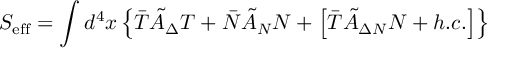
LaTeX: S _ { \mathrm { e f f } } = \int d ^ { 4 } x \left\{ \bar { T } \tilde { \cal A } _ { \Delta } T + \bar { N } \tilde { \cal A } _ { N } N + \left[ \bar { T } \tilde { \cal A } _ { \Delta N } N + h . c . \right] \right\}